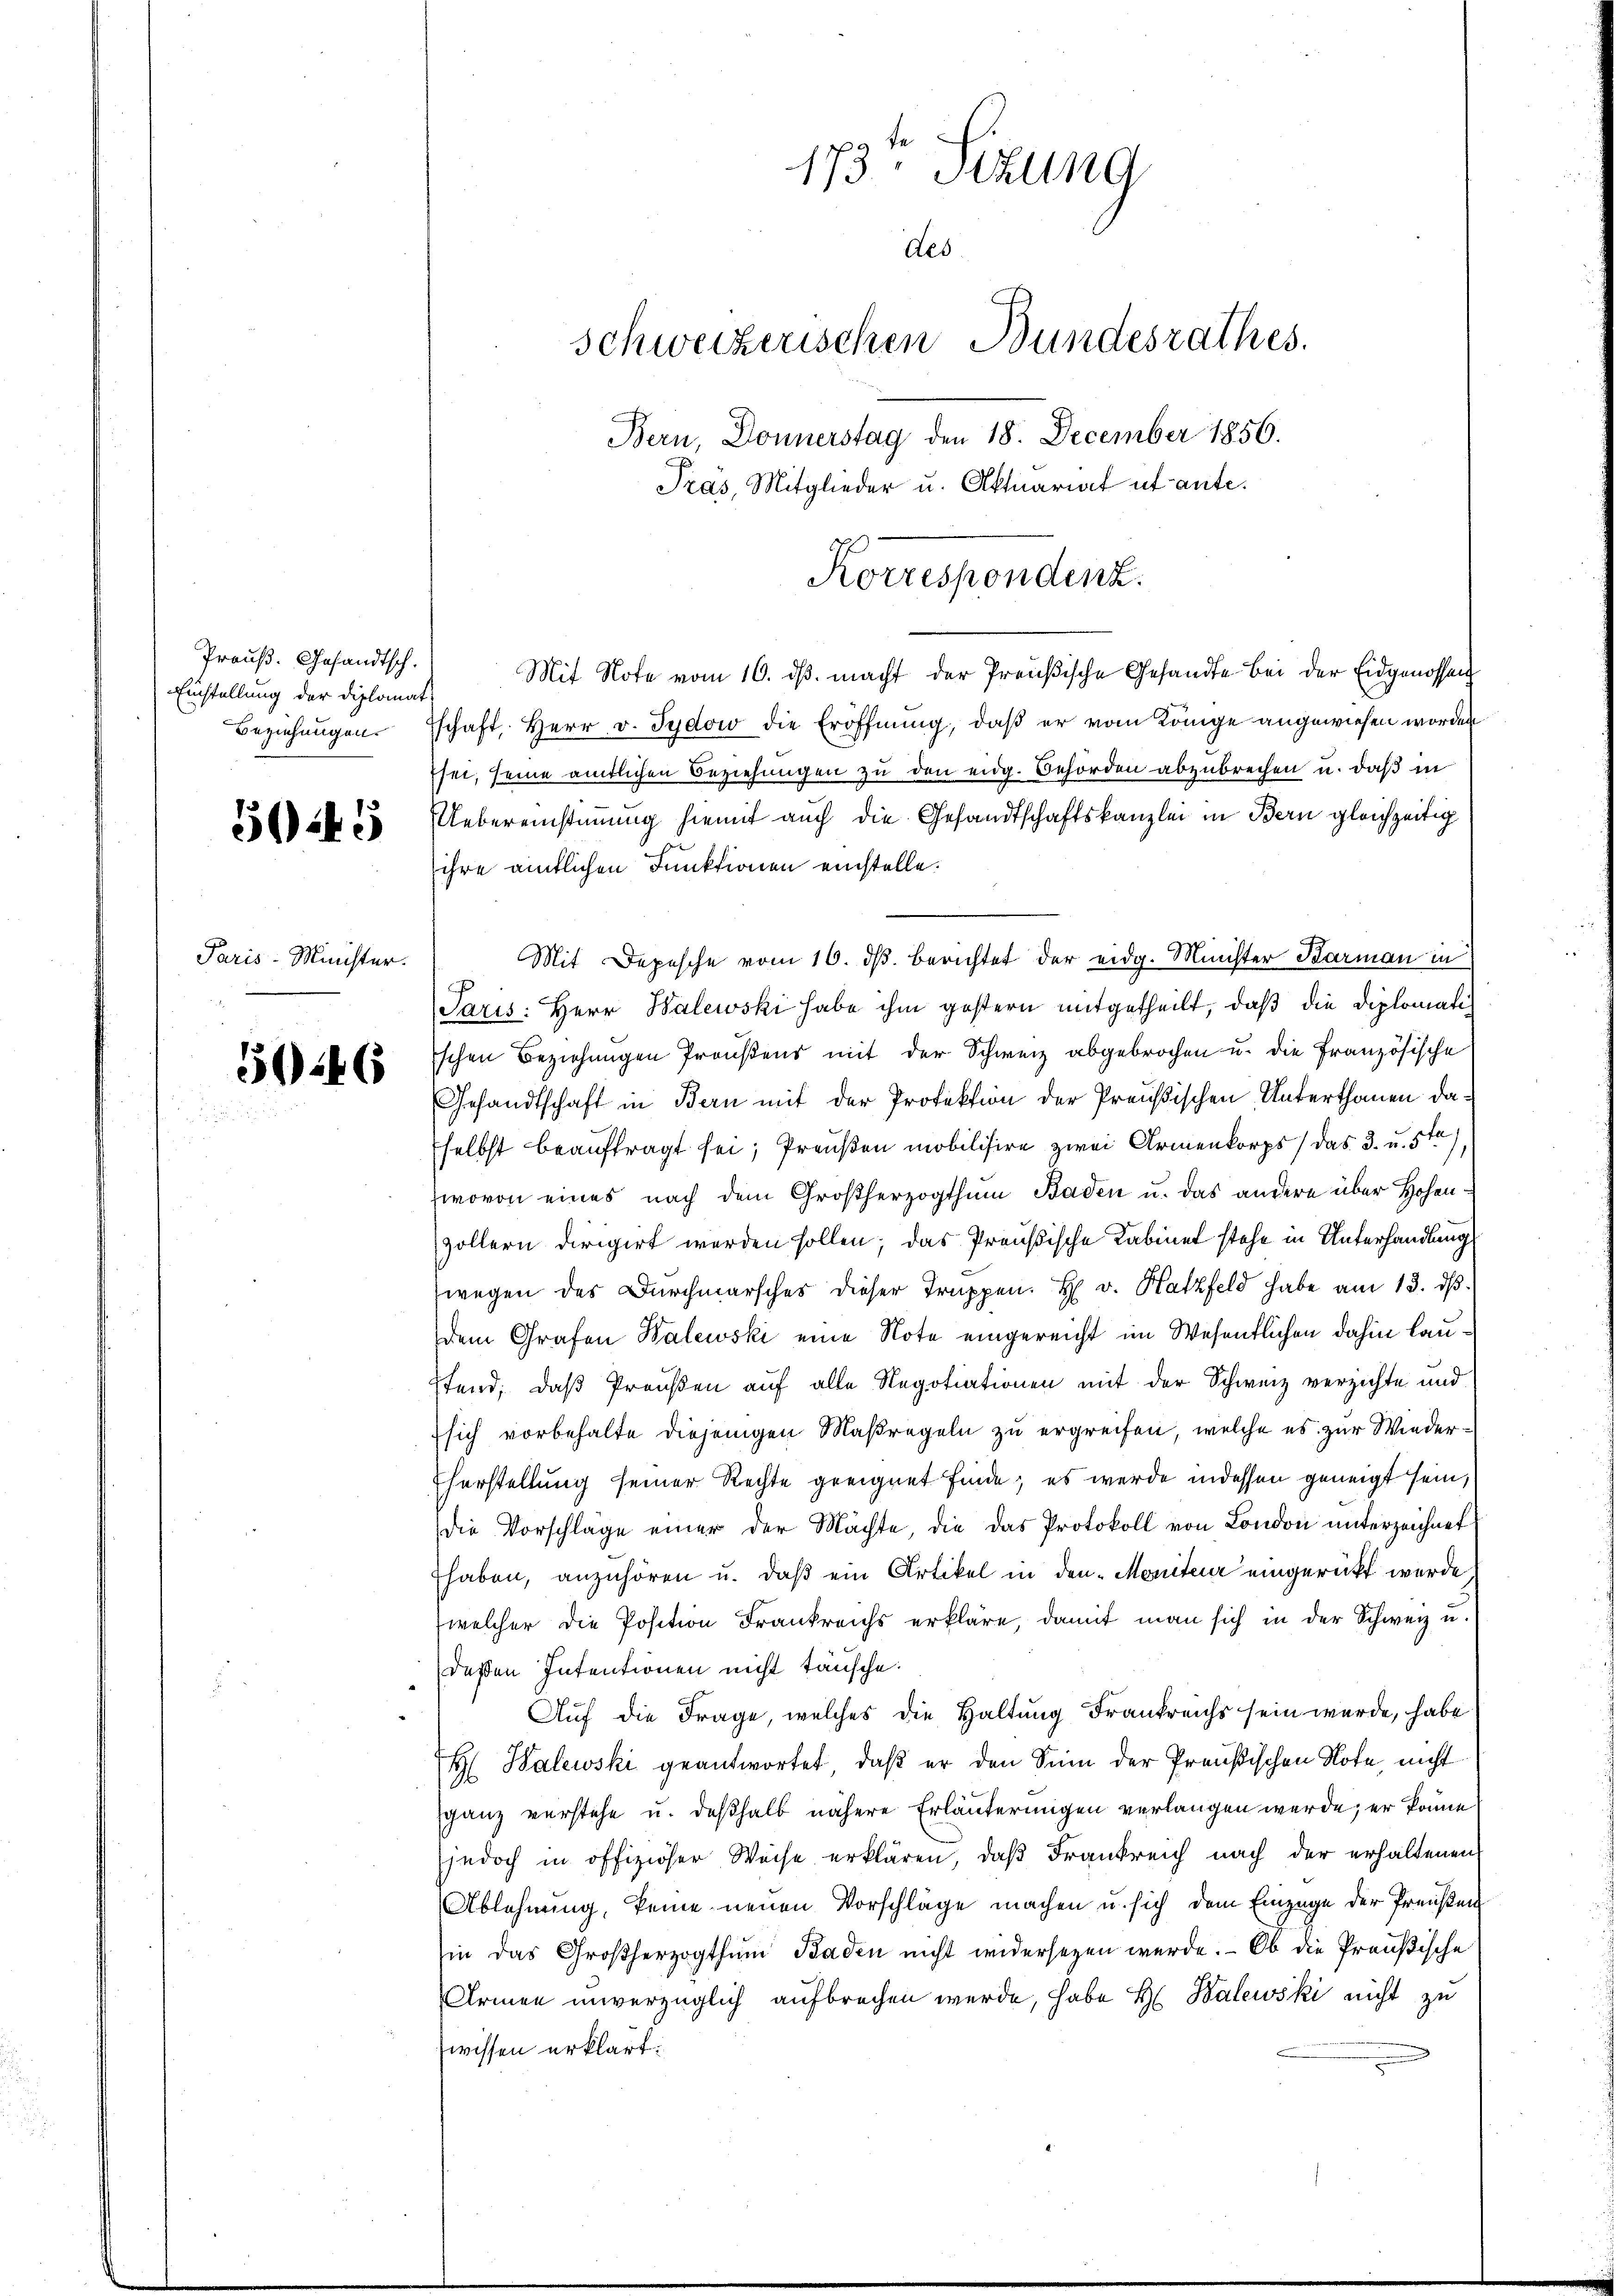
Preuß. Gesandtsch.
Einstellung der Diplomat

5045

Paris-Minister.

5046

Mit Note vom 16. dβ macht der Preußische Gesandte bei der Eidgenossen
Beziehŭngen. Eschaft, Herr v. Sydow die Eröffnŭng, daβ er vom Könige angewiesen worden
sei, seine amtlichen Beziehungen zu den eidg. Behörden abzubrechen u. daß in
Uebereinstimmung hiemit auch die Gesandtschaftskanzlei in Bern gleichzeitig
ihre amtlichen Funktionen einstelle.
Mit Depesche vom 16. dβ berichtet der eidg. Minister Barmann in
Paris: Herr Balewski habe ihm gestern mitgetheilt, daß die Diplomatiischen Beziehungen Preußens mit der Schweiz abgebrochen u. die Französische
Gesandtschaft in Bern mit der Profektion der Preußischen Unterthanen daselbst beauftragt sei; Preußen mobilisire zwei Armenkorps / das 3. u. 51),
wovon eines nach dem Großherzogthum Baden u. das andere über Hohenzöllern dirigirt werden sollen; das Preußische Kabinet stehe in Unterhandlung
wegen des Durchmarsches dieser Truppen. H. v. Hatzfeld habe am 13. dβ.
dem Grafen Walewski eine Note eingereicht im Wesentlichen dahin lau¬
Pfand, daß Preußen auf alle Negotiationen mit der Schweiz verzichte und
sich vorbehalte diejenigen Maßregeln zu ergreifen, welche es zur Wiederherstellung seiner Rechte geeignet finde; es werde indessen geneigt sein,
die Vorschläge einer der Machte, die das Protokoll von London unterzeichnet
haben, anzuhören u. daß ein Artikel in den Moniter eingerückt werde
welcher die Position Frankreichs erkläre, damit man sich in der Schweiz u.
deßen Intentionen nicht täusche.
Auf die Frage, welches die Haltung Frankreichs sein werde, habe
H Walewski geantwortet, daß er den Sinn der Preußischen Note, nicht
ganz verstehe u. deßhalb nähere Erläuterungen verlangen werde; er könne
jedoch in offiziöser Weise erklären, daβ Frankreich nach der erhaltenen
Ablehnung, keine neuen Vorschläge machen u. sich dem Einzüge der Preisen
in das Großherzogthum Baden nicht widersezen werde. Ob die Preußische
Armen unverzüglich aufbrechen werde, habe H. Balewski nicht zu
wissen erklärt:

173 Sizung
des
Schweizerischen Bundesrathes.
Bern, Donnerstag den 18. December 1856.
Pras, Mitglieder u. Aktuariat ut ante.

Korrespondenz.